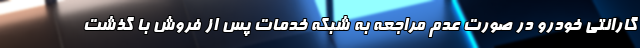
گارانتی خودرو در صورت عدم مراجعه به شبکه خدمات پس از فروش با گذشت